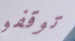
توقفو